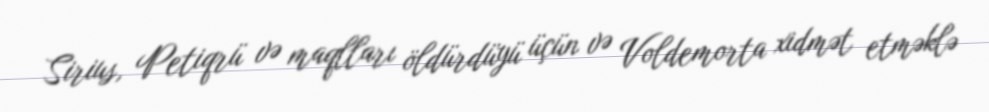
Sirius, Petiqrü və maqlları öldürdüyü üçün və Voldemorta xidmət etməklə